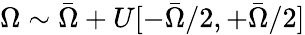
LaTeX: \Omega\sim\bar{\Omega}+U[-\bar{\Omega}/2,+\bar{\Omega}/2]